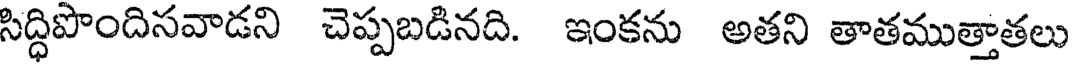
సిద్ధిపొందిసవాడని చెప్పబడినది. ఇంకను అతని తాతముత్తాతలు